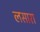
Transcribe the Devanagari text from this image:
लसारा